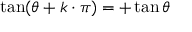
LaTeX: \tan ( \theta + k \cdot \pi ) = + \tan \theta